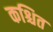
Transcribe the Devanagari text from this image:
कश्चित